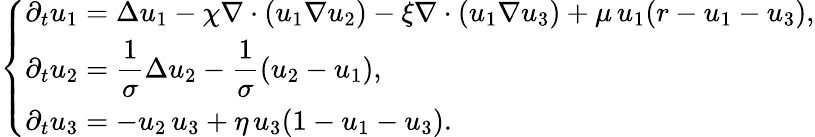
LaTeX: \left\{ \begin{array}{ll}{\displaystyle\partial_{t}u_{1}=\Delta u_{1}-\chi\nabla\cdot(u_{1}\nabla u_{2})-\xi\nabla\cdot(u_{1}\nabla u_{3})+\mu\, u_{1}(r-u_{1}-u_{3}),}\\ {\displaystyle\partial_{t}u_{2}=\frac{1}{\sigma}\Delta u_{2}-\frac{1}{\sigma}(u_{2}-u_{1}),}\\ {\displaystyle\partial_{t}u_{3}=-u_{2}\, u_{3}+\eta\, u_{3}(1-u_{1}-u_{3}).}\end{array}\right.